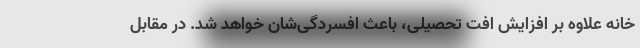
خانه علاوه بر افزایش افت تحصیلی، باعث افسردگی‌شان خواهد شد. در مقابل